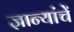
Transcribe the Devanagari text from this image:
ज्ञान्यांचें